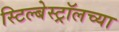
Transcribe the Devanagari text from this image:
स्टिल्बेस्ट्रॉलच्या